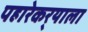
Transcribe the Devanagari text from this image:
पहारेकर्‍याला